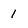
Character: 1